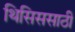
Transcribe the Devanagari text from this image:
थिसिससाठी